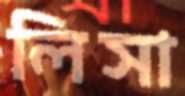
লিসা